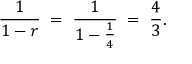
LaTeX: { \frac { 1 } { 1 - r } } \; = \; { \frac { 1 } { 1 - { \frac { 1 } { 4 } } } } \; = \; { \frac { 4 } { 3 } } .